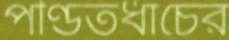
পণ্ডিতধাঁচের